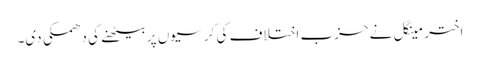
اختر مینگل نے حزب اختلاف کی کر سیوں پر بیٹھنے کی دھمکی دی۔